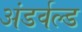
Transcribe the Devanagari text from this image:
अंडर्वल्ड